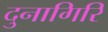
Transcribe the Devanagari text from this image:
दुनागिरि